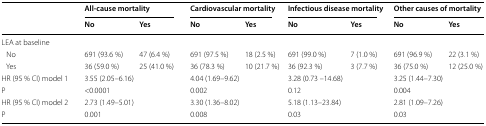
<table><thead><tr><td rowspan="2"></td><td colspan="2"><b>All-cause mortality</b></td><td colspan="2"><b>Cardiovascular mortality</b></td><td colspan="2"><b>Infectious disease mortality</b></td><td colspan="2"><b>Other causes of mortality</b></td></tr><tr><td><b>No</b></td><td><b>Yes</b></td><td><b>No</b></td><td><b>Yes</b></td><td><b>No</b></td><td><b>Yes</b></td><td><b>No</b></td><td><b>Yes</b></td></tr></thead><tbody><tr><td colspan="9">LEA at baseline</td></tr><tr><td> No</td><td>691 (93.6 %)</td><td>47 (6.4 %)</td><td>691 (97.5 %)</td><td>18 (2.5 %)</td><td>691 (99.0 %)</td><td>7 (1.0 %)</td><td>691 (96.9 %)</td><td>22 (3.1 %)</td></tr><tr><td> Yes</td><td>36 (59.0 %)</td><td>25 (41.0 %)</td><td>36 (78.3 %)</td><td>10 (21.7 %)</td><td>36 (92.3 %)</td><td>3 (7.7 %)</td><td>36 (75.0 %)</td><td>12 (25.0 %)</td></tr><tr><td>HR (95 % CI) model 1</td><td colspan="2">3.55 (2.05–6.16)</td><td colspan="2">4.04 (1.69–9.62)</td><td colspan="2">3.28 (0.73 –14.68)</td><td colspan="2">3.25 (1.44–7.30)</td></tr><tr><td>P</td><td colspan="2">&lt;0.0001</td><td colspan="2">0.002</td><td colspan="2">0.12</td><td colspan="2">0.004</td></tr><tr><td>HR (95 % CI) model 2</td><td colspan="2">2.73 (1.49–5.01)</td><td colspan="2">3.30 (1.36–8.02)</td><td colspan="2">5.18 (1.13–23.84)</td><td colspan="2">2.81 (1.09–7.26)</td></tr><tr><td>P</td><td colspan="2">0.001</td><td colspan="2">0.008</td><td colspan="2">0.03</td><td colspan="2">0.03</td></tr></tbody></table>